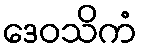
ဒေဝသိကံ